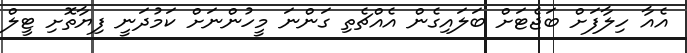
އެއާ ހިލާފަށް ބަޖެޓަށް ބަލައިގެން އެއްޗެތި ގަންނަ މީހުންނަށް ކަމުދަނީ ފިޔާތޮށި ޓީލް